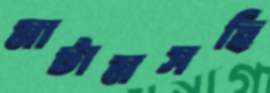
মাটামসহি